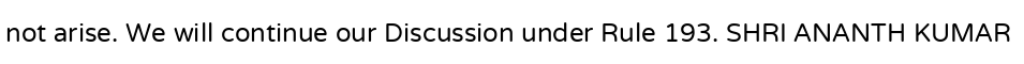
not arise. We will continue our Discussion under Rule 193. SHRI ANANTH KUMAR